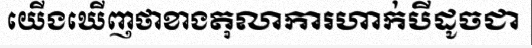
យើងឃើញថាខាងតុលាការហាក់បីដូចជា